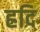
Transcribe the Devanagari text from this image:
ह्रदि